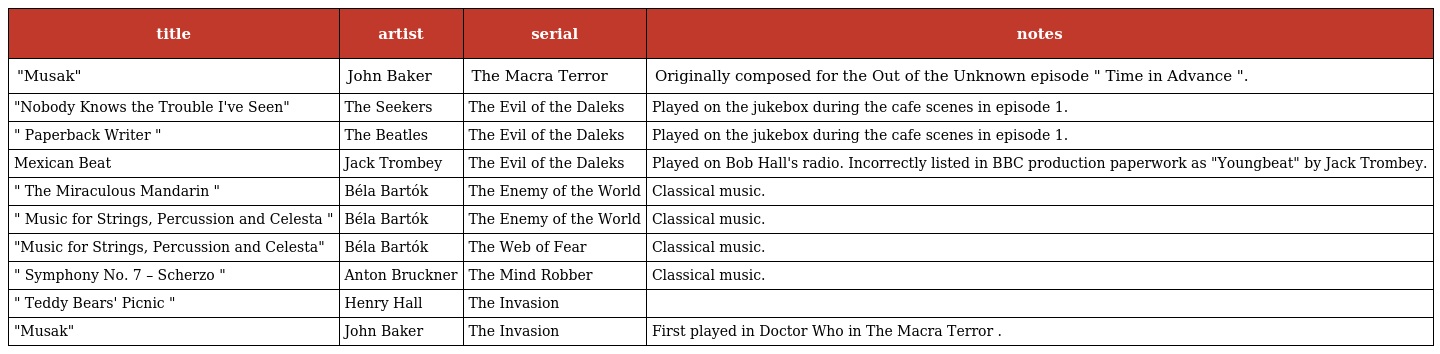
| title | artist | serial | notes |
 | --- | --- | --- | --- |
 | "Musak" | John Baker | The Macra Terror | Originally composed for the Out of the Unknown episode " Time in Advance ". |
 | "Nobody Knows the Trouble I've Seen" | The Seekers | The Evil of the Daleks | Played on the jukebox during the cafe scenes in episode 1. |
 | " Paperback Writer " | The Beatles | The Evil of the Daleks | Played on the jukebox during the cafe scenes in episode 1. |
 | Mexican Beat | Jack Trombey | The Evil of the Daleks | Played on Bob Hall's radio. Incorrectly listed in BBC production paperwork as "Youngbeat" by Jack Trombey. |
 | " The Miraculous Mandarin " | Béla Bartók | The Enemy of the World | Classical music. |
 | " Music for Strings, Percussion and Celesta " | Béla Bartók | The Enemy of the World | Classical music. |
 | "Music for Strings, Percussion and Celesta" | Béla Bartók | The Web of Fear | Classical music. |
 | " Symphony No. 7 – Scherzo " | Anton Bruckner | The Mind Robber | Classical music. |
 | " Teddy Bears' Picnic " | Henry Hall | The Invasion |  |
 | "Musak" | John Baker | The Invasion | First played in Doctor Who in The Macra Terror . |